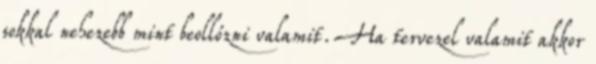
sokkal nehezebb mint beollózni valamit. Ha tervezel valamit akkor